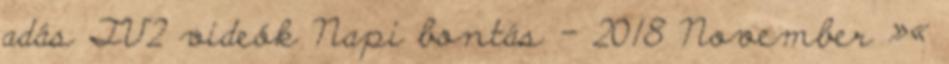
adás TV2 videók Napi bontás - 2018 November »«